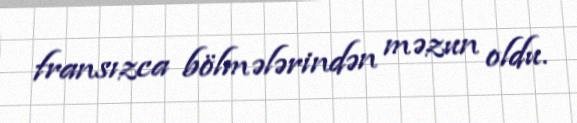
fransızca bölmələrindən məzun oldu.